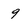
Character: 9